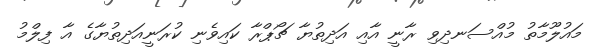
މައުލޫމާތު މުއްސަނދިވި ރާނީ އާއި އަދިތުޔާ ޗޯޕްރާ ކައިވެނި ކުރަނީއަދިތުޔާގެ އާ ފިލްމު